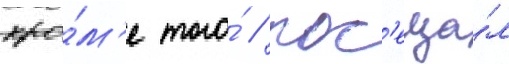
кро́м'е того́ / пос'еща́л